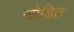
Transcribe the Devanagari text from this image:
जोडित